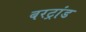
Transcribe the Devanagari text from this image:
बरट्रांड